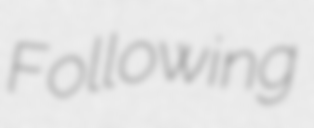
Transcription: Following